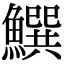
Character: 𩻝